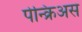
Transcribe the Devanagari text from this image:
पेन्क्रिअस